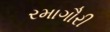
રમાગૌરી